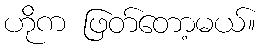
ဟိုက ဖြတ်တော့မယ်။